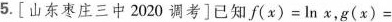
5.[山东枣庄三中2020调考]已知$$f(x)=\ln x$$，g(x)=